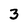
Character: 3